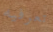
تعرفيه